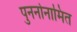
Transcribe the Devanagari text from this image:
पुनर्नानामित